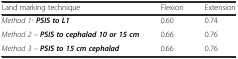
| Land marking technique | Flexion | Extension |
 | --- | --- | --- |
 | Method 1-PSIS to L1 | 0.60 | 0.74 |
 | Method 2 –PSIS to cephalad 10 or 15 cm | 0.66 | 0.76 |
 | Method 3 –PSIS to 15 cm cephalad | 0.66 | 0.76 |